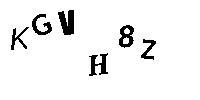
KGVH8Z